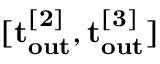
\mathbf { [ t _ { o u t } ^ { [ 2 ] } , t _ { o u t } ^ { [ 3 ] } ] }